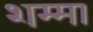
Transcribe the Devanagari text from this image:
शम्मा